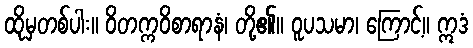
ထိုမှတစ်ပါး။ ဝိတက္ကဝိစာရာနံ၊ တို့၏။ ဝူပသမာ၊ ကြောင့်။ ဣဒံ